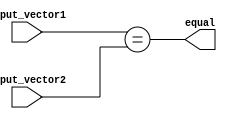
module parallel_comparator(
    input [7:0] input_vector1,
    input [7:0] input_vector2,
    output equal
);

assign equal = (input_vector1 == input_vector2);

endmodule